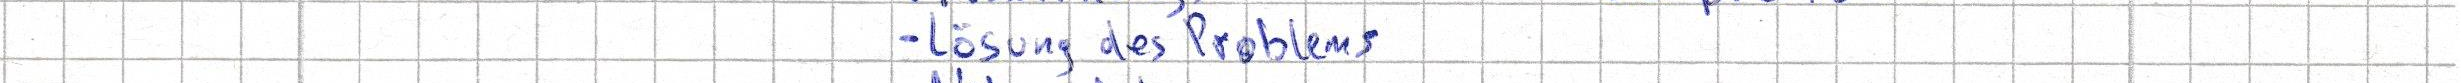
- Lösung des Problems